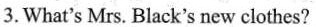
3. What's Mrs. Black's new clothes?